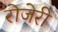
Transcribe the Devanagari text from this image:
रोजेरी